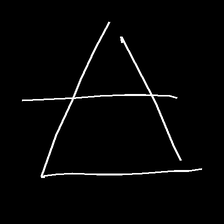
Glyph: empower